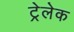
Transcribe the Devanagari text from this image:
ट्रेलेक